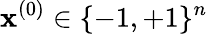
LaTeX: \mathbf{x}^{(0)}\in\{ -1,+1\} ^{n}